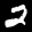
Label: 2